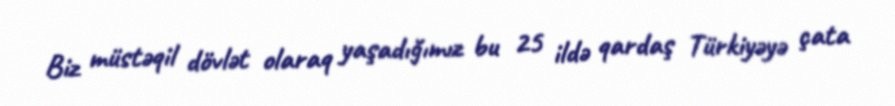
Biz müstəqil dövlət olaraq yaşadığımız bu 25 ildə qardaş Türkiyəyə çata